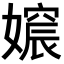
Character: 𡡪